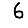
Digit: 6